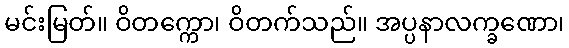
မင်းမြတ်။ ဝိတက္ကော၊ ဝိတက်သည်။ အပ္ပနာလက္ခဏော၊